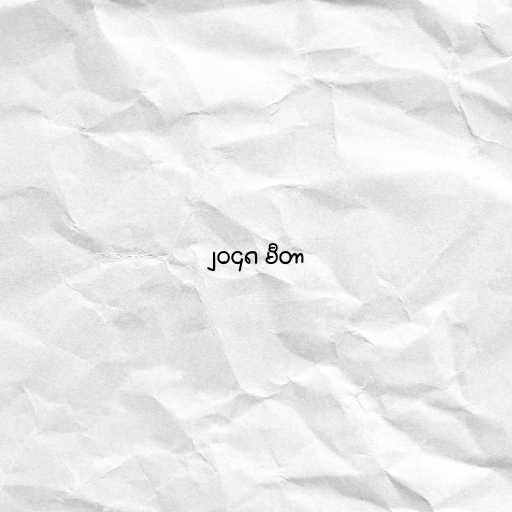
၂၀၄၈ မီတာ